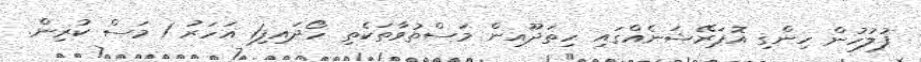
ފުލުހުން ހިންގި އޮޕަރޭޝަނެއްގައި ހިތަދޫއިން މަސްތުވާތަކެތި ހޯދައިފި1 އަހަރު 1 މަސް ކުރިން.